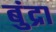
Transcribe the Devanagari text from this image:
बुंद्रा